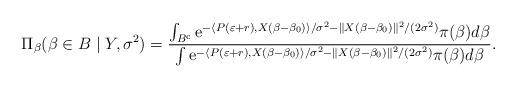
LaTeX: \begin{align*}\Pi_{\beta}( \beta \in B \mid Y,\sigma^{2})&=\frac{\int_{B^{\mathrm{c}}}\mathrm{e}^{-\langle P(\varepsilon+r),X(\beta-\beta_{0})\rangle/\sigma^{2}-\|X(\beta-\beta_{0})\|^{2}/(2\sigma^{2})}\pi(\beta)d\beta }{ \int \mathrm{e}^{-\langle P(\varepsilon+r),X(\beta-\beta_{0})\rangle/\sigma^{2}-\|X(\beta-\beta_{0})\|^{2}/(2\sigma^{2})}\pi(\beta)d\beta }.\end{align*}